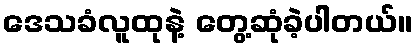
ဒေသခံလူထုနဲ့ တွေ့ဆုံခဲ့ပါတယ်။